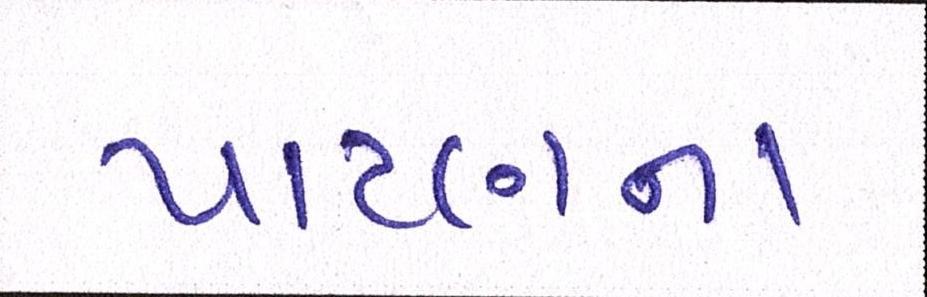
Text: પાટણના